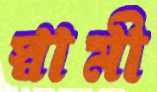
স্বামী